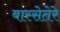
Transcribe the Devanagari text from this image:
बास्सेतेरे